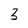
Character: 3